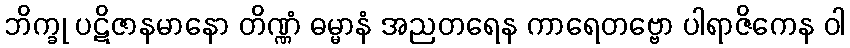
ဘိက္ခု ပဋိဇာနမာနော တိဏ္ဏံ ဓမ္မာနံ အညတရေန ကာရေတဗ္ဗော ပါရာဇိကေန ဝါ